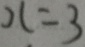
x = 3